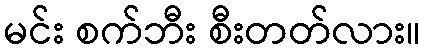
မင်း စက်ဘီး စီးတတ်လား။